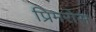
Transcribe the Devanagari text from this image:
प्रिमरोस